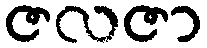
ဇလဇာ